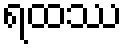
ရထဿ